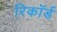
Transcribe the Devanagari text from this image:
रिकाॅर्ड